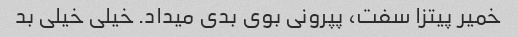
خمیر پیتزا سفت، پپرونی بوی بدی میداد. خیلی خیلی بد